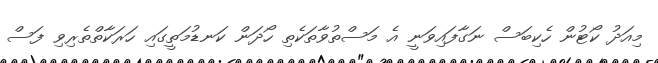
މިއަދު ކޯޓުން ހެކިބަސް ނަގާފައިވަނީ އެ މަސްތުވާތަކެތި ހޯދަން ކަނޑުމަތީގައި ހަރަކާތްތެރިވި ފަސް